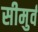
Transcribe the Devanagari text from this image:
सीमुर्व